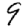
Digit: 9